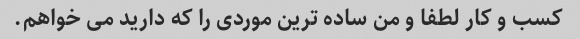
کسب و کار لطفا و من ساده ترین موردی را که دارید می خواهم.